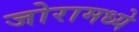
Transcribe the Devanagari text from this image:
जोरामध्ये